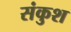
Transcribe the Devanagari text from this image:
संकुश